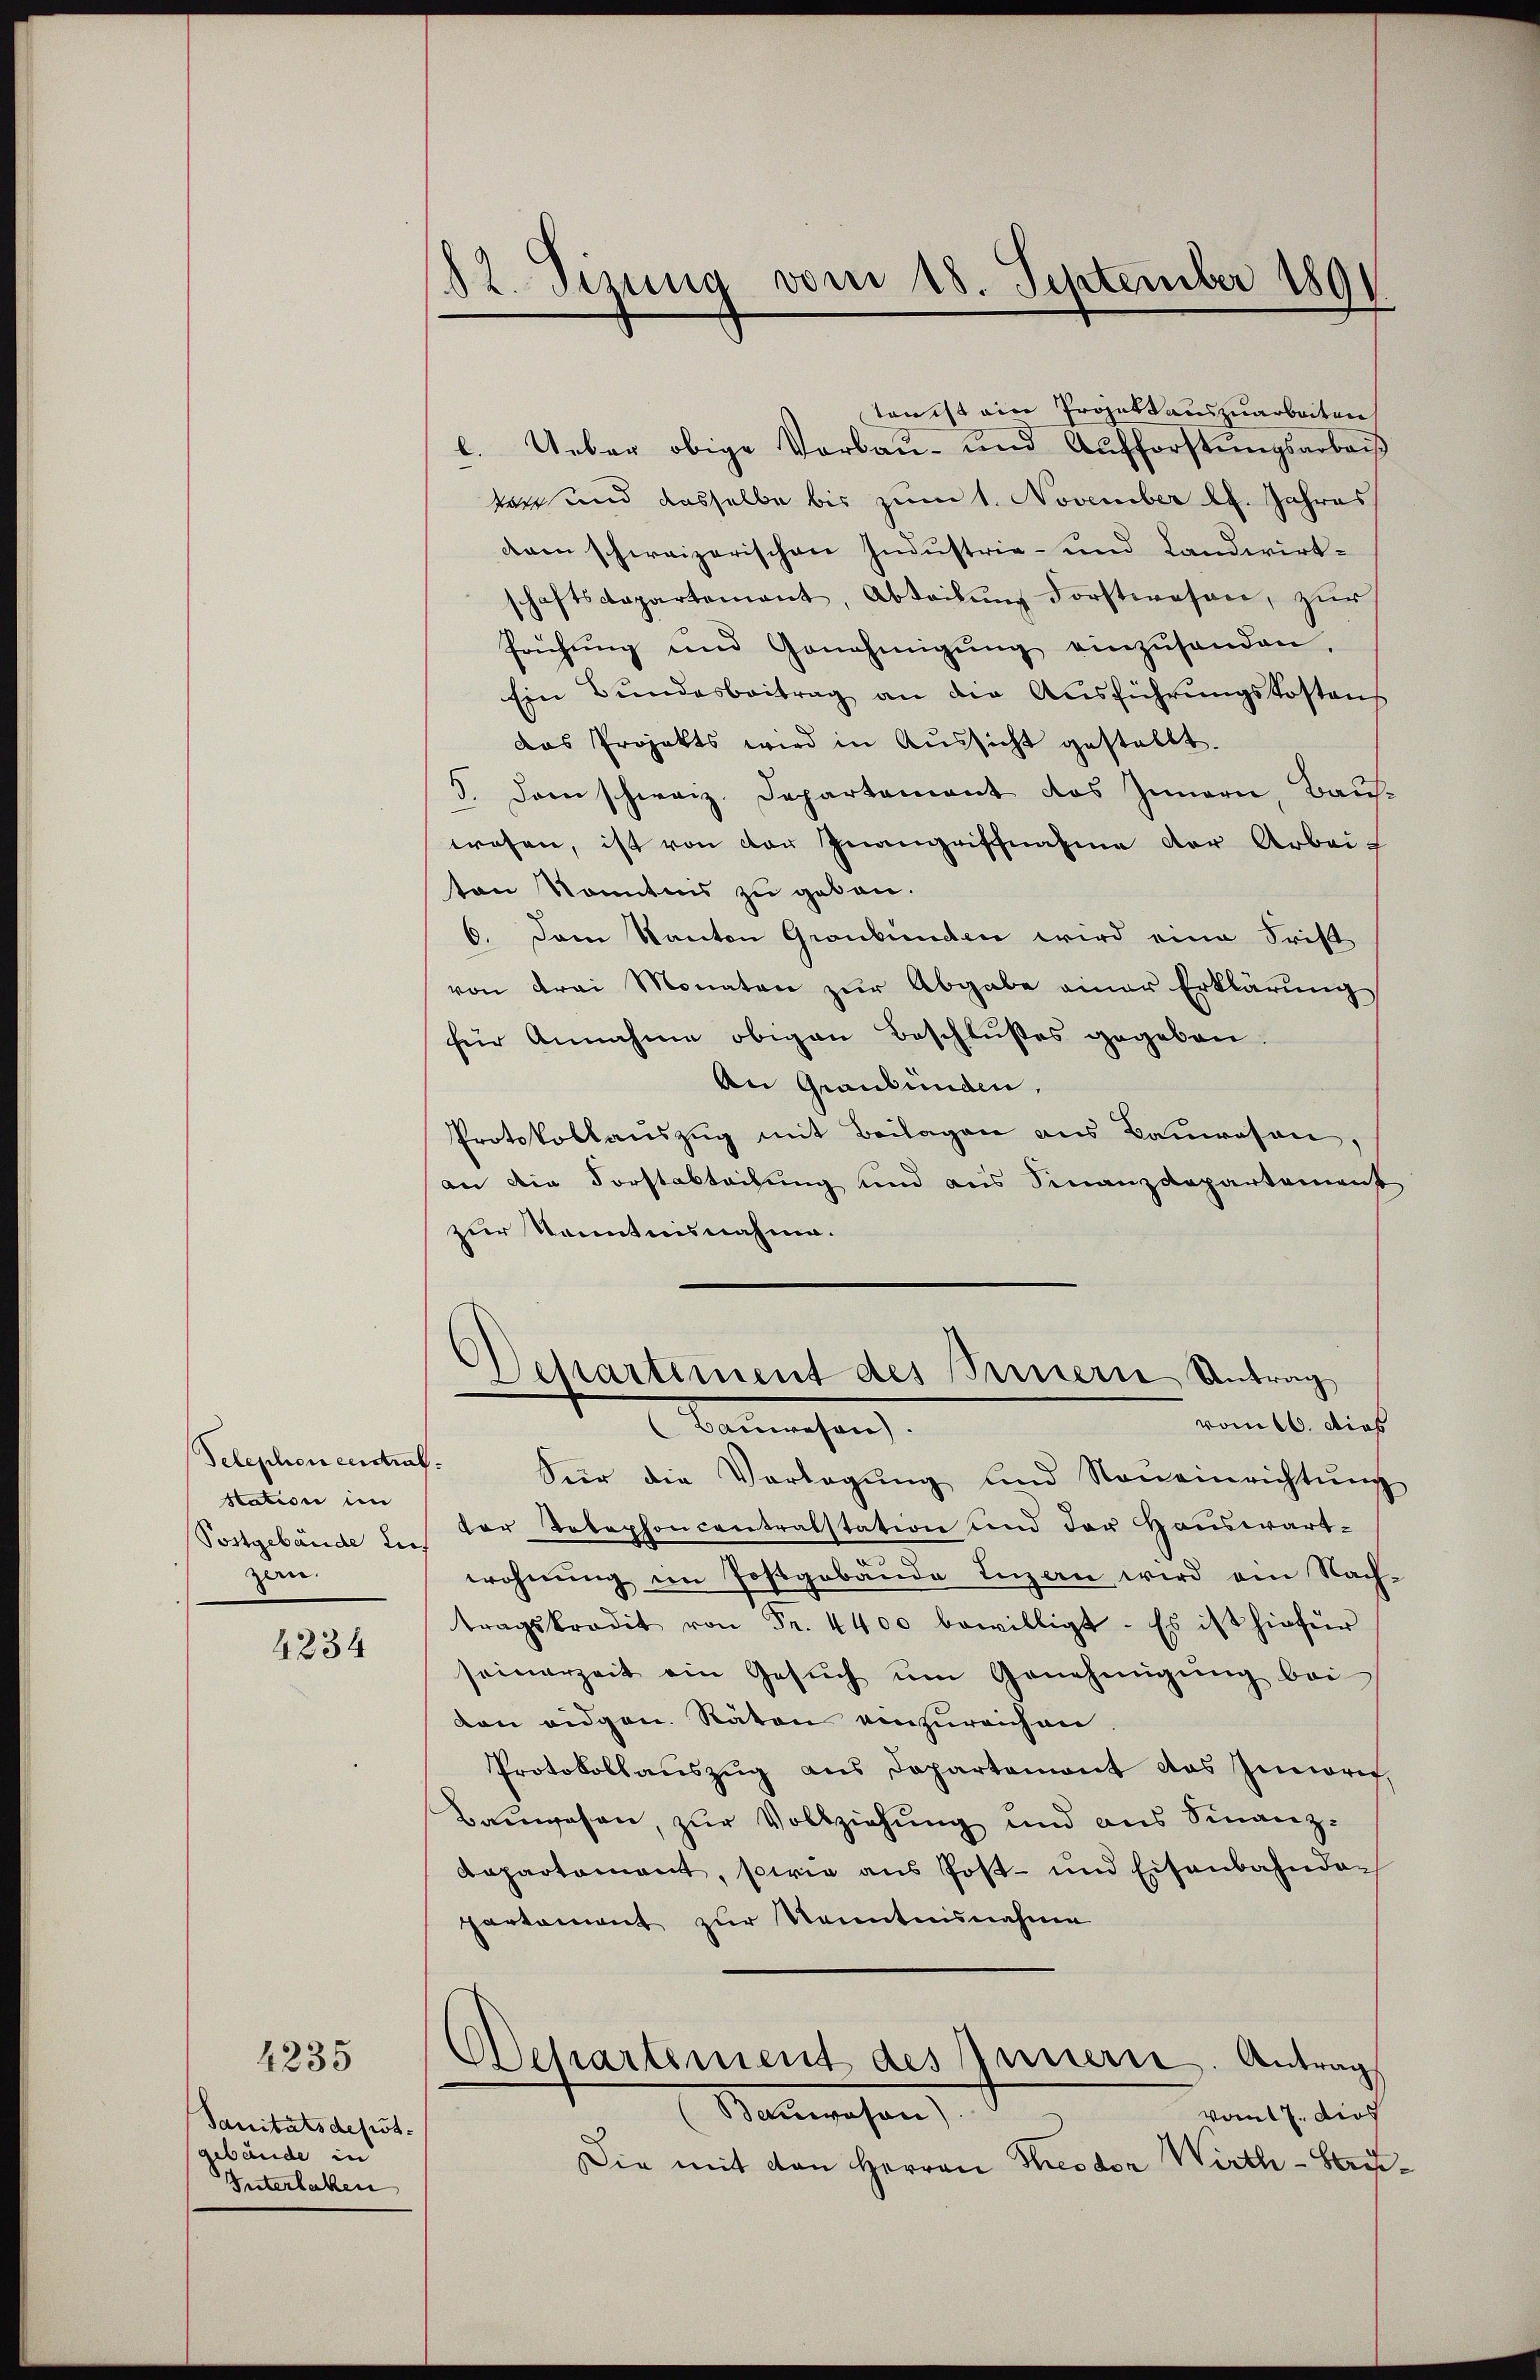
Telephon einstraf.
Station in
Postgebäude des
zen.

4234

4235

Sanitätsdest-
gebäude
Unterlaken

12. Sizung vom 18. September 1891

ktonist ein Projekt auszuarbeiten
Ueber obige Vorbau- und Aufforstungsarbeiß
tar und dasselbe bis zum 1. November lt. Jahres
dren schweizerischen Industrie- und Landwirtschaftsdepartement, Abteilung dorftwesen, zur
frühŭng und Genehmigŭng einzŭsenden.
Ein Bŭndesbeitrag an die Ausführungskostens
das Projekts wird in Aŭssicht gestellt.
5. Dann schweiz. Departamant des Innern, Baŭs-
wesen, ist von der Inangriffnahme der Arbeiton Kenntnis zu geben.
6. Dem Kanton Graubünden wird eine Frist
von drei Monaten zur Abgabe einer Erklärung
für Annahme obigen Beschlußes gegeben.
An Graubünden,
Protokollauszug mit Beilagen aus Bauwesen.
an die Forstabteilung und aus Finanzdepartement
zur Kenntnisnahme.
Separtement des Seinern Antrag
vom 16. Dies
Benmachen.
Sier die Vorlegŭng und Noneinrichtŭng
der Telephoncentralstation und der Hauswärtwohnŭng im Postgebäŭde Inzen wird ein Nach-
tragskredit von Fr. 4400 bewilligt. Es ist hiefür
seinerzeit ein Gesŭch ŭm Genehmigŭng bei
den eidgen. Räten einzureichen
Protokollauszug aus Departement das Inneris
Bauwesen, zur Vollziehung und aus Finanz-
Dapartement, sowie aus Post- und Eisenbahndach
partement zur Kenntnisnahme
Achartement des Innern. Antrag
Sanwesen
vom 17. dies
Die mit von Herren Theodor Wirth-Haus¬